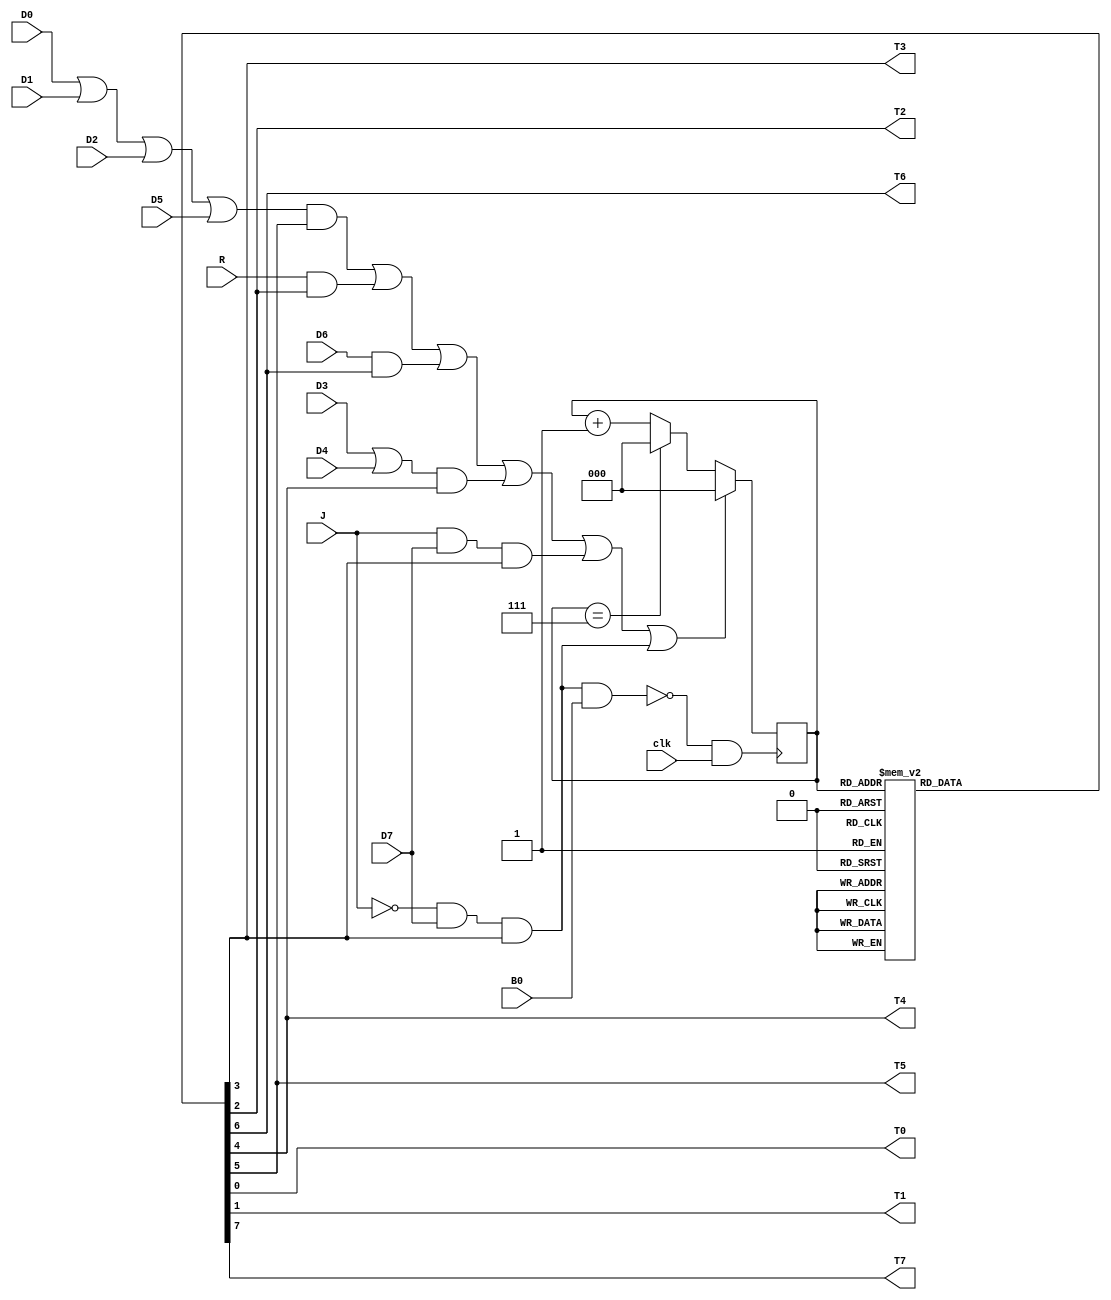
`timescale 1ns / 1ps
//////////////////////////////////////////////////////////////////////////////////
// Company: 
// Engineer: 
// 
// Design Name: 
// Module Name: Secounce_Counter
// Project Name: 
// Target Devices: 
// Tool Versions: 
// Description: 
// 
// Dependencies: 
// 
// Revision:
// Revision 0.01 - File Created
// Additional Comments:
// 
//////////////////////////////////////////////////////////////////////////////////


module Secounce_Counter(
 input clk,        
 input D0, D1, D2, D3, D4, D5, D6, D7,
 input R ,
 input J ,
 input B0,
 output T0, T1, T2, T3, T4, T5, T6, T7
   
);

wire S ,Clear ,P ,r ;
reg [7:0] SC ;
reg [2:0] count ;
assign r = ~J&D7&T3 ;
assign P = J&D7&T3  ;
assign T0 = SC[0] ;
assign T1 = SC[1] ;
assign T2 = SC[2] ;
assign T3 = SC[3] ;
assign T4 = SC[4] ;
assign T5 = SC[5] ;
assign T6 = SC[6] ;
assign T7 = SC[7] ;

assign Clear = (((D0 | D1 | D2 | D5) & T5) | (R & T2) | (D6 & T6) | ((D3 | D4) & T4) | P | r) ;
assign S = (~(r&B0) & clk );

initial begin 
count = 3'b000 ;
end 

always @(posedge S ) begin
   if (Clear == 1) begin
       count <= 3'b000;             // Reset counter if clear is asserted
   end else  begin
       if (count == 3'b111) begin
           count <= 3'b000;        // Reset counter if it reaches its maximum value
       end else begin
           count <= count + 1;     // Increment counter otherwise
       end
   end
end

always @(*) begin
 case(count)
3'b000  : SC = 8'h01  ;
3'b001  : SC = 8'h02  ;
3'b010  : SC = 8'h04  ;
3'b011  : SC = 8'h08  ;
3'b100  : SC = 8'h10  ;
3'b101  : SC = 8'h20  ;
3'b110  : SC = 8'h40  ;
3'b111  : SC = 8'h80  ;
default : SC = 8'h01  ;
 endcase
end

endmodule